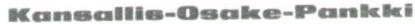
Kansallis-Osake-Pankki